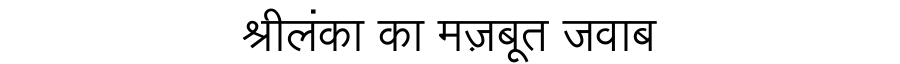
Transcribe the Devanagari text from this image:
श्रीलंका का मज़बूत जवाब